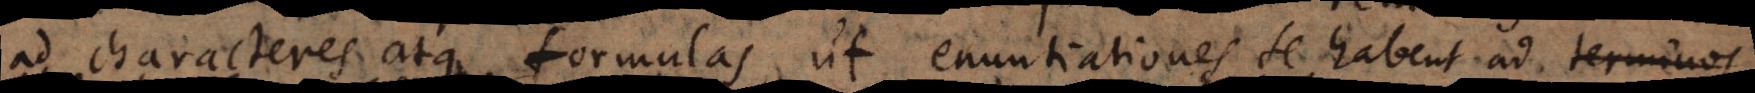
ad characteres atque formulas, ut enuntiationes se habent ad no